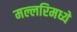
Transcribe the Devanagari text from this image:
मल्लरिमध्ये